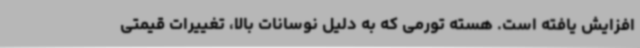
افزایش یافته است. هسته تورمی که به دلیل نوسانات بالا، تغییرات قیمتی